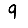
Digit: 9